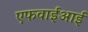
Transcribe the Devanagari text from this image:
एफवाईआई